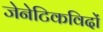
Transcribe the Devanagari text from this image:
जेनेटिकविदों